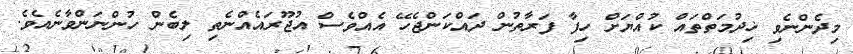
މިދެންނެވި ޚިދުމަތްތައް ކުއްޔަށް ހިފާ ފަރާތުން ދައްކަންޖެހޭ އެއްވެސް އުޖޫރައެއްނެތި ލިބެން ހުންނަންވާނެއެވެ.